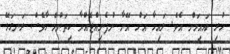
ހުރި އައިމަން އެވެ. ލައިހާ އަށް އޭނާ ނުފެނިއްޖެއްޔާ ކިތަންމެ ހާވެސް ރަނގަޅޭ